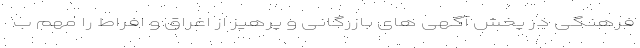
فرهنگی در پخش آگهی های بازرگانی و پرهیز از اغراق و افراط را مهم ب